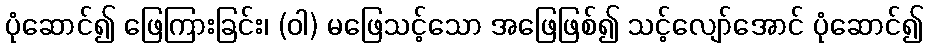
ပုံဆောင်၍ ဖြေကြားခြင်း၊ (ဝါ) မဖြေသင့်သော အဖြေဖြစ်၍ သင့်လျော်အောင် ပုံဆောင်၍